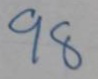
98